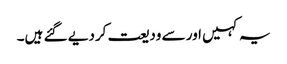
یہ کہیں اور سے ودیعت کردیے گئے ہیں۔